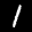
Label: 1